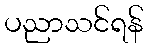
ပညာသင်ရန်